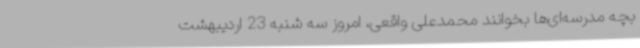
بچه‌ مدرسه‌ای‌ها بخوانند محمدعلی واقعی، امروز سه شنبه 23 اردیبهشت